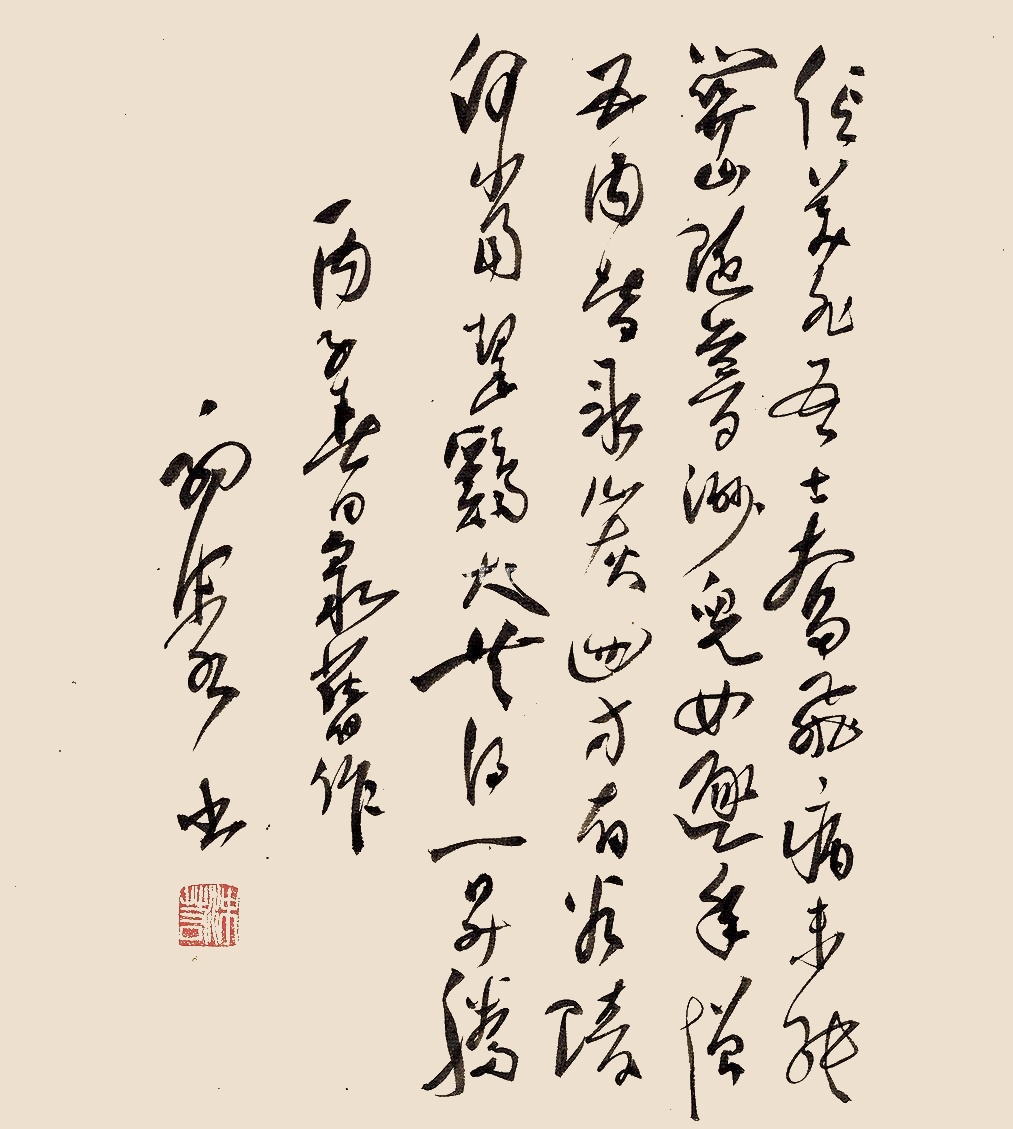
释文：信美非吾土，奋飞病未能。关山随梦渺，儿女逐年增。五内皆冰炭，四方有谷陵。何当挈鸡犬，共得一升腾。丙子春日录旧作，郭沫若书。